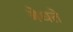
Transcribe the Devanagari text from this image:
बेधते